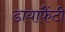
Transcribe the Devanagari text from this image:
डायाफैंटी